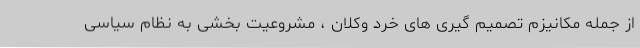
از جمله مکانیزم تصمیم گیری های خرد وکلان ، مشروعیت بخشی به نظام سیاسی